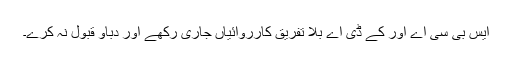
ایس بی سی اے اور کے ڈی اے بلا تفریق کارروائیاں جاری رکھے اور دباو قبول نہ کرے۔